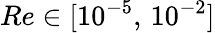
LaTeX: Re\in[10^{-5},\, 10^{-2}]